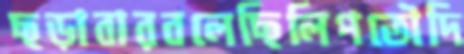
ছড়াবারবলেছিলিপতৌদি